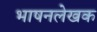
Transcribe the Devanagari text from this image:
भाषनलेखक